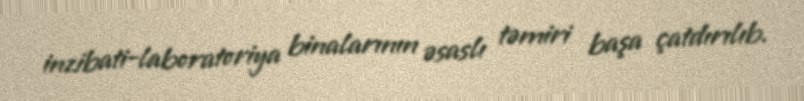
inzibati-laboratoriya binalarının əsaslı təmiri başa çatdırılıb.